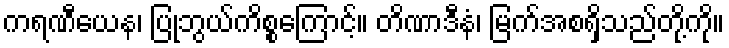
ကရဏီယေန၊ ပြုဘွယ်ကိစ္စကြောင့်။ တိဏာဒီနံ၊ မြက်အစရှိသည်တို့ကို။